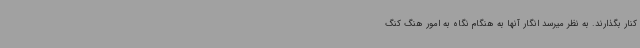
کنار بگذارند. به نظر میرسد انگار آنها به هنگام نگاه به امور هنگ کنگ